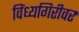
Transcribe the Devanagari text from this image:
विंध्यगिरीवर